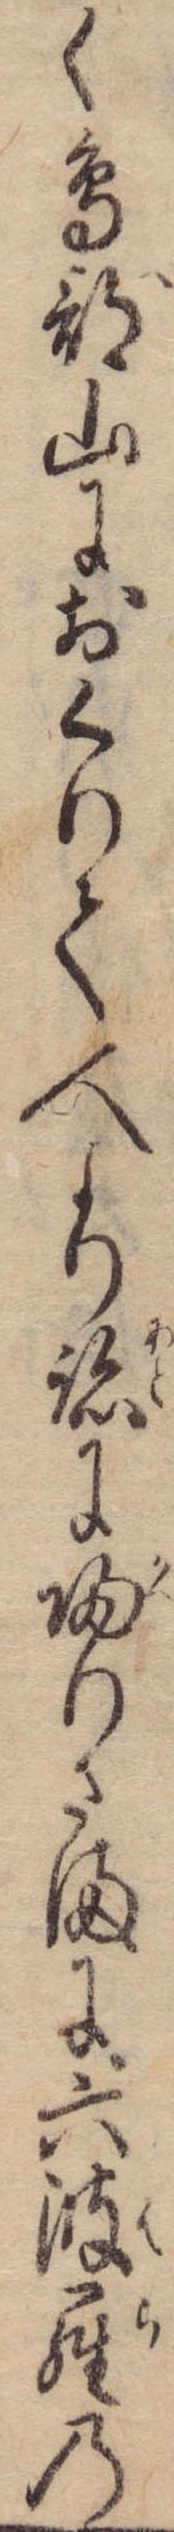
く鳥部山におくりて人より跡に帰りさまに六波羅の